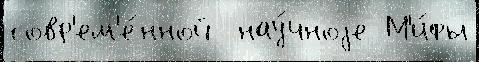
совр'ем'е́нной  нау́чноjе М'и́фы